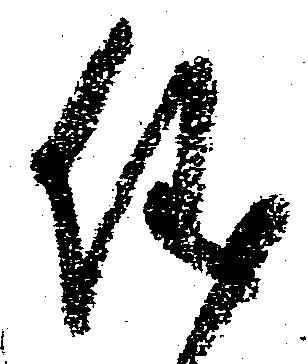
儀